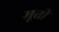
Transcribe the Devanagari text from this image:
मूतीं